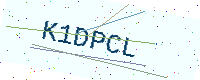
Text: K1DPCL